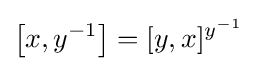
\left[x,y^{-1}\right]=[y,x]^{y^{-1}}